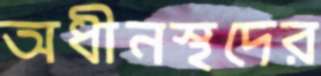
অধীনস্থদের